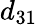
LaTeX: d_{31}